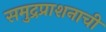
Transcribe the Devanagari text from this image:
समुद्रप्राशनाची